Calcutta medical institutions reports 1892-1900
Year: 1892
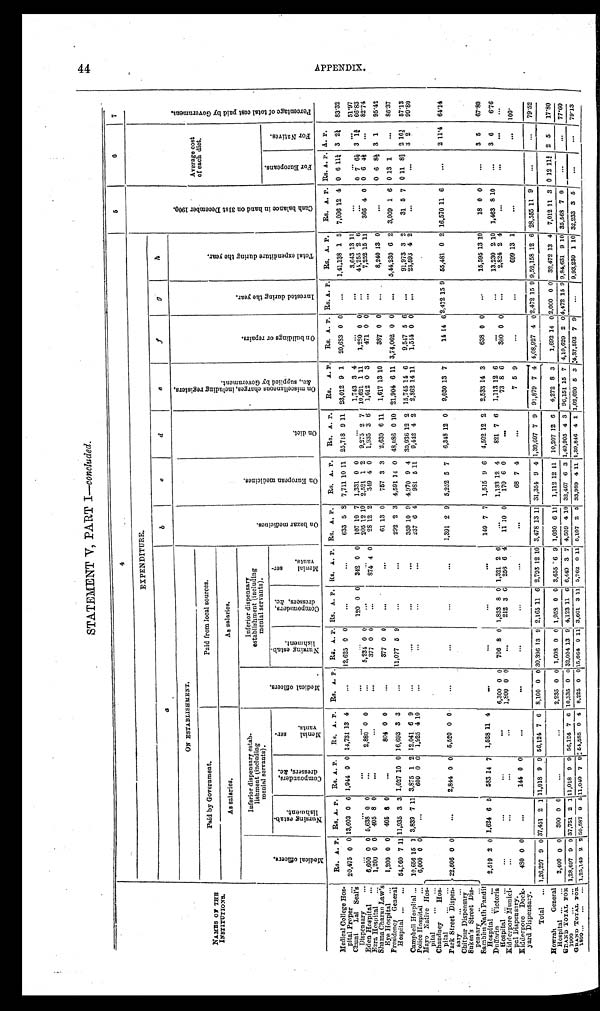
STATEMENT V, PART I— concluded.
NAMES OF THE
INSTITUTIONS.
4
5
6
7
EXPENDITURE.
C a s h b a l a n c e i n h a n d o n 3 1 s t D e c e m b e r 1 9 0 0 .
Average cost
of each diet.
P e r c e n t a g e o f t o t a l c o s t p a i d b y G o v e r n m e n t
a
b
c
d
e
f
g
h
ON ESTABLISHMENT.
O n b a z a r m e d i c i n e s .
O n E u r o p e a n m e d i c i n e s .
O n d i e t .
O n m i s c e l l a n e o u s c h a r g e s , i n c l u d i n g r e g i s t e r s , & c . , s u p p l i e d b y G o v e r n m e n t .
O n b u i l d i n g s o r r e p a i r s .
I n v e s t e d d u r i n g t h e y e a r .
T o t a l e x p e n d i t u r e d u r i n g t h e y e a r .
Paid by Government.
Paid from local sources.
As salaries.
As salaries.
M e d i c a l o f f i c e r s .
Inferior dispensary estab-
lishment (including
menial servants).
M e d i c a l o f f i c e r s .
Inferior dispensary
establishment (including
menial servants).
N u r s i n g e s t a b - l i s h m e n t .
C o m p o u n d e r s , d r e s s e r s , & c .
M e n i a l s e r - v a n t s .
N u r s i n g e s t a b - l i s h m e n t .
C o m p o u n d e r s , d r e s s e r s , & c .
M e n i a l s e r - v a n t s .
F o r E u r o p e a n s .
F o r N a t i v e s .
Rs. A. P. Rs. A. P. Rs. A. P. Rs. A. P. Rs. A. P. Rs. A . P . Rs. A. P. Rs. A . P . Rs. A . P . Rs. A. P. Rs. A. P. Rs. A. P. Rs. A. P. Rs. A. P. Rs. A. P. Rs. A. P. Rs. A. P. A. P.
Medical College Hos
- pital Proper
20,475 0 0 13,603 0 6 1,944 0 0 14,731 13 4
...
12,625 0 0
...
...
633 5 8 7,711 10 11 25,718 9 11 23,012 9 1 20,683 0 0 ...
1,41,138 1 5 7,096 12 4 0 6 114 3 24 83.32
Chuni Lal Seal's
Dispensary
. . .
. . .
...
...
...
. . . 120 0 0 342 0 0 107 10 7 1,331 0 0
...
1,743 3 4
...
. . .
3,643 13 11
...
...
. . . 51.97
Eden Hospital
6,600 0 0 5,638 0 0
. . .
2,880 0 0
. . .
5,234 0 0 ...
...
205 12 10 2,521 1 2 9,275 2 7
1 0 , 6 2 1 1 1 1
1 , 2 8 0
0 0
.. .
4 4 , 2 5 5 2 6
. . . 0
7 6 1 / 2
3 1 3 / 4
6 6 . 8 3
Ezra Hospital
1,200 0 0 405 8 0
...
...
. . .
377 0 0
...
874 4 0
2 8 1 2 2 349 4 0
1 , 9 3 5 3 6
1 , 6 1 2 0 3
4 7 1 0 0
. . .
7 , 2 5 2 1 5 1 1
3 6 6 4 0
0 6 4 1 / 2
. . .
8 2 . 7 4
Shama Charan Law's
Eye Hospital
1,200 0 0 405 8 0
...
804 0 0
...
377 0 0
...
...
61 13 0 757 3 3 2,630 6 11 1,617 13 10
387 0 0
...
8,240 13 0
...
0 6 8 1/2 3 1
95.42
Presidency General
Hospital
54,560 7 1 1 11,935 3 3 1,027 10 0 16,693 3 3
...
11,077 5 9
...
...
292 2 3 4,591 14 0 48,086 0 10 21,904 6 11 3,74,062 0 0 ... 5,44,230 6 2 3,009 1 6 0 13 1
. . . 86.37
Campbell Hospital 10,656 15 1 3,839 7 11 3,875 1 2 12,041 6 9
...
...
...
...
359 10 9 4.970 9 4 30,936 12 2 15,745 14 6 9,547 5 6 ...
9 1 , 9 7 3
3 2
3 1 5 7
0 1 1 8 2 / 3 2 1 0 1 / 5
5 7 . 1 3
Police Hospital
6,000 0 0
...
600 0 0 1,925 4 1 0
...
. . .
. . .
. . . 237 6 4 981 5 11 9,442 4 2
2 , 8 6 2 1 4 1 1
1 , 5 4 4 0 0 ...
2 3 , 5 9 3 4 2
. . .
. . .
3 2
9 9 . 8 0
Mayo Native Hos
- pital
22,606 0 0
...
2,844 0 0 5,520 0 0
. . .
...
...
...
1,391 2 9 5,252 5 7 6,348 12 0 9,030 13 7
14 14 6 2,472 15 9 55,481 0 2 16,570 11 6
...
2 11.4 64.14
Chandney
Hos
- pital
Park Street Dispen-
sary
Chitpur Dispensary
Sukea's Street Dis
- pensary
Sambhu Nath Pandit
Hospital
2,519 2 0 1,624 6 5 583 14 7 1,528 11 4
. . .
. . .
...
. . .
149 7 7 1,515 9 6 4,502 12 2 2,533 14 3
638 0 0
. . .
15,595 13 10
18 0 0
...
3 5 67.80
Dufferin Victoria
Hospital
...
...
...
. . .
6,300 0 0 706 8 0 1,833 8 0 1,321 2 6
...
1,133 12 4 821 7 6 1,113 12 6
...
...
13,230 2 10 1,463 8 10
...
3 6
6.76
Kidderpore Munici-
pal Dispensary.
...
...
...
1,800 0 0
...
212 3 6 256 6 4 11 10 0 170 6 0
. . .
7 3 8 6
3 0 0 0 0 ...
2 , 8 2 4 2
4
. . .
. . .
. . .
. . .
Kidderporo Dock-
yard Dispensary.
480 0 0
. . .
144 0 0
...
...
...
...
...
...
68 7 4
...
7 5 9
...
...
6 9 9 1 3 1
...
. . .
1 0 0 .
Total
1,26,297 9 0 37,451 2 1 11,018 9 9 56,124 7 6 8,100 0 0 30,396 13 9 2,165 11 6 2,793 12 10 3,478 13 11 31,354 9 4 1,39,697 7 9 91,879 7 4 4,08,927 4 0 2,472 15 9 9,52,158 12 6 28,555 11 9
...
. . . 79.52
Howrah
General
Hospital
2,400 0 0 300 0 0
...
...
2,235 0 0 1,608 0 0 1,958 0 0 3,655 6 9 1,030 6 11 1,112 12 11 10,207 12 6 4,272 8 3 1,692 14 0
2 , 0 0 0 0 0 32,472 13 4 7,012 11 3 0 12 11 3/4 2 5
17.80
GRAND TOTAL FOR
1900
1,28,697 9 0 37,751 2 1 11,018 9 9 56,124 7 6 10,335 0 0 32,004 13 9 4,123 11 6 6,449 3 7 4,509 4 10 32,467 6 3 1,49,905 4 3 96,151 15 7 4,10,620 2 0
4 , 4 7 2 1 5 9 9,84,631 9 10 35,568 7
0
...
...
77.60
GRAND TOTAL FOR
1899
1,25,149 2 2
5 0 , 5 8 7 9 5 11,040 7 9 54,585 0 4 8,225 0 0
1 5 , 6 6 4 0 1 1 3,661 3 11 5,762 0 11 5,107 2 5 33,989 4 11 1,39,846 4 1 1,02,020
5 3
1 4 , 3 7 , 5 9 2
7 9 ...
9,93,230 1 10 32,233 3 5
...
...
79.13